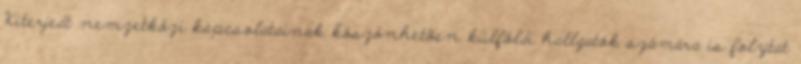
Kiterjedt nemzetközi kapcsolatainak köszönhetõen külföldi hallgatók számára is folytat